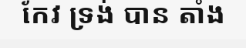
កែវ ទ្រង់ បាន តាំង